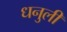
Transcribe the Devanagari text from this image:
धनुली